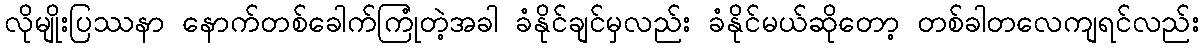
လိုမျိုးပြဿနာ နောက်တစ်ခေါက်ကြုံတဲ့အခါ ခံနိုင်ချင်မှလည်း ခံနိုင်မယ်ဆိုတော့ တစ်ခါတလေကျရင်လည်း